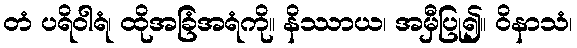
တံ ပရိဝါရံ၊ ထိုအခြံအရံကို။ နိဿာယ၊ အမှီပြု၍။ ဝိနာသံ၊